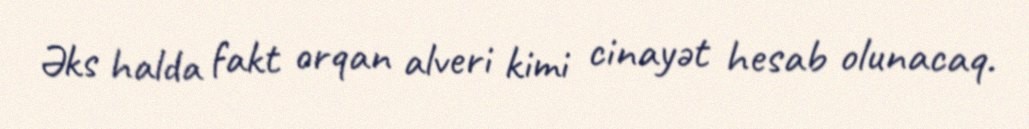
Əks halda fakt orqan alveri kimi cinayət hesab olunacaq.